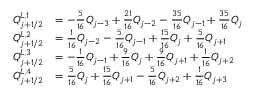
\begin{array} { r l } { Q _ { j + 1 / 2 } ^ { L , 1 } } & { = - \frac { 5 } { 1 6 } Q _ { j - 3 } + \frac { 2 1 } { 1 6 } Q _ { j - 2 } - \frac { 3 5 } { 1 6 } Q _ { j - 1 } + \frac { 3 5 } { 1 6 } Q _ { j } } \\ { Q _ { j + 1 / 2 } ^ { L , 2 } } & { = \frac { 1 } { 1 6 } Q _ { j - 2 } - \frac { 5 } { 1 6 } Q _ { j - 1 } + \frac { 1 5 } { 1 6 } Q _ { j } + \frac { 5 } { 1 6 } Q _ { j + 1 } } \\ { Q _ { j + 1 / 2 } ^ { L , 3 } } & { = - \frac { 1 } { 1 6 } Q _ { j - 1 } + \frac { 9 } { 1 6 } Q _ { j } + \frac { 9 } { 1 6 } Q _ { j + 1 } + \frac { 1 } { 1 6 } Q _ { j + 2 } } \\ { Q _ { j + 1 / 2 } ^ { L , 4 } } & { = \frac { 5 } { 1 6 } Q _ { j } + \frac { 1 5 } { 1 6 } Q _ { j + 1 } - \frac { 5 } { 1 6 } Q _ { j + 2 } + \frac { 1 } { 1 6 } Q _ { j + 3 } } \end{array}